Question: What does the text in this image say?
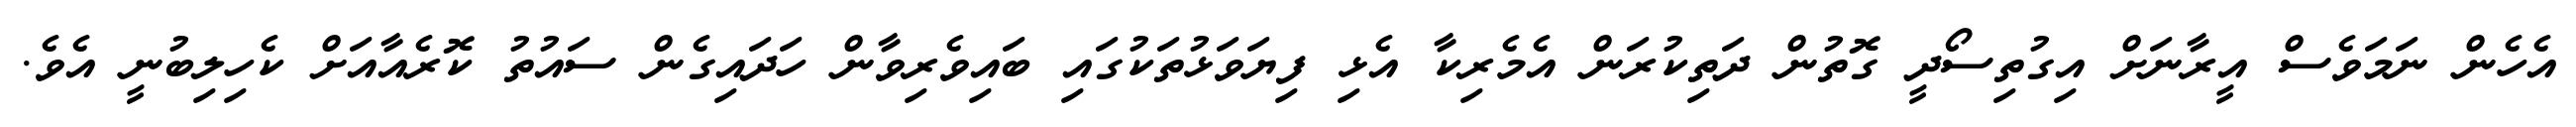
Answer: އެހެން ނަމަވެސް އީރާނަށް އިގުތިސޯދީ ގޮތުން ދަތިކުރަން އެމެރިކާ އެޅި ފިޔަވަޅުތަކުގައި ބައިވެރިވާން ހަދައިގެން ސައުތު ކޮރެއާއަށް ކެހިލިބުނީ އެވެ.